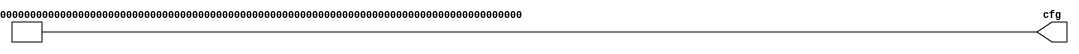

//------------------------------------------------------------------------------
//--
//-- This file is owned and controlled by Xilinx and must be used solely
//-- for design, simulation, implementation and creation of design files
//-- limited to Xilinx devices or technologies. Use with non-Xilinx
//-- devices or technologies is expressly prohibited and immediately
//-- terminates your license.
//--                    
//-- Xilinx products are not intended for use in life support
//-- appliances, devices, or systems. Use in such applications is
//-- expressly prohibited.
//--                    
//--            **************************************
//--            ** Copyright (C) 2005, Xilinx, Inc. **
//--            ** All Rights Reserved.             **
//--            **************************************
//--                    
//------------------------------------------------------------------------------
//-- Filename: dsport_cfg.v
//--                    
//-- Description:  PCI Express Endpoint Core Configuration File
//--                    
//--                    
//------------------------------------------------------------------------------

/**********************************************************************
  ** Note 1:
  Base Address Registers (BARs) settings contained in this file 
  are for demonstration purposes only. Users must review and change 
  these to suite their particular application.

  ** Note 2:
  Users may change setting values of the Read Only Capability
  registers to suite their application, but any change must comply
  with PCI Express Base Specification v1.1
 
  ** Note 3:
  Two PLM Autoconfigure setting (cfg[507:506]) must be set to 2'b00, 
  when interfacing the Endpoint Core with a PCIe compliant 
  Downstream Port. 

  ** Note 4:
  Values assigned to Reserved bits should not be changed.
***********************************************************************/

// Declare the module.

module dsport_cfg (cfg);


  // Declare the port directions.

  output [1023:0] cfg;


  //***********************************************************//
  // Configuration bit setting information.                    // 
  //***********************************************************//
  //                                                           //
  // vendor id                      cfg[ 15:  0]               // 
  // device id                      cfg[ 31: 16]               // 
  // revision id                    cfg[ 39: 32]               // 
  // class code                     cfg[ 63: 40]               // 
  // base address                   cfg[ 95: 64]               // 
  // base address                   cfg[127: 96]               // 
  // base address                   cfg[159:128]               // 
  // base address                   cfg[191:160]               // 
  // base address                   cfg[223:192]               // 
  // base address                   cfg[255:224]               // 
  // cardbus cis pointer            cfg[287:256]               // 
  // subsystem vendor id            cfg[303:288]               // 
  // subsystem id                   cfg[319:304]               // 
  // expansion rom bar              cfg[351:320]               // 
  //                                                           //
  //***********************************************************//


  // Vendor Identification.
  assign cfg[ 15:  0] = 16'h10ee;

  // Device Identification.
  assign cfg[ 31: 16] = 16'h0007;

  // Revision Identification.
  assign cfg[ 39: 32] = 8'h00;

  // Class Code.
  assign cfg[ 63: 40] = 24'h00_00_00;
 
  // BAR0. IO BAR 64KB aperture
  assign cfg[ 95: 64] = 32'hffff_0001;
 
  // BAR1. Mem 32 bit BAR 64KB aperture
  assign cfg[127: 96] = 32'hffff_0000;
 
  // BAR2. 
  assign cfg[159:128] = 32'hffff_0004;
 
  // BAR3. Mem 64 bit BAR 1MB BAR {BAR3,BAR2}
  assign cfg[191:160] = 32'hffff_ffff;
 
  // BAR4. 
  assign cfg[223:192] = 32'h0000_0000;
 
  // BAR5. 
  assign cfg[255:224] = 32'h0000_0000;
 
  // Cardbus CIS Pointer.
  assign cfg[287:256] = 32'h0000_0000;

  // Subvendor Identification.
  assign cfg[303:288] = 16'h10ee;

  // Subsystem Identification.
  assign cfg[319:304] = 16'h0007;

  // Expansion ROM BAR. Mem 32 bit BAR 4KB aperture
  assign cfg[351:320] = 32'hffff_f001;
 

  //***********************************************************//
  // Configuration bit setting information.                    // 
  //***********************************************************//
  //                                                           //
  // express capabilities           cfg[367:352]               // 
  // express device capabilities    cfg[399:368]               // 
  // express link capabilities      cfg[431:400]               // 
  // express ack timeout setting    cfg[447:432]               //
  // express replay timer setting   cfg[463:448]               //
  //                                                           //
  //***********************************************************//


  // Express Capabilities (byte offset 03H-02H).
  // -----------------------------------------------------------
  // RsvdP              | cfg[367:366] |       |            00 |
  // -----------------------------------------------------------
  // Interrupt Msg No.  | cfg[365:361] |       |         00000 |
  // -----------------------------------------------------------
  // Slot Implemented   | cfg[360:360] |       |             0 |
  // -----------------------------------------------------------
  // Dev/Port Type      | cfg[359:356] |       |          0000 |
  // -----------------------------------------------------------
  // Capability Version | cfg[355:352] |       |          0001 |
  // -----------------------------------------------------------

  assign cfg[367:352] = 16'h0001;

  // Express Device Capabilities (byte offset 07H-04H).
  // -----------------------------------------------------------
  // RsvdP              | cfg[399:396] |       |          0000 |
  // -----------------------------------------------------------
  // Capt Slt Pwr Lim Sc| cfg[395:394] |       |            00 |
  // -----------------------------------------------------------
  // Capt Slt Pwr Lim Va| cfg[393:386] |       |      00000000 |
  // -----------------------------------------------------------
  // RsvdP              | cfg[385:384] |       |            00 |
  // -----------------------------------------------------------
  // Role based error   | cfg[383]             |             1 |
  // -----------------------------------------------------------
  // Power Indi Prsnt   | cfg[382:382] |       |             0 |
  // -----------------------------------------------------------
  // Attn Indi Prsnt    | cfg[381:381] |       |             0 |
  // -----------------------------------------------------------
  // Attn Butn Prsnt    | cfg[380:380] |       |             0 |
  // -----------------------------------------------------------
  // EP L1 Accpt Lat    | cfg[379:377] |       |           111 |
  // -----------------------------------------------------------
  // EP L0s Accpt Lat   | cfg[376:374] |       |           111 |
  // -----------------------------------------------------------
  // Ext Tag Fld Sup    | cfg[373:373] |       |             0 |
  // -----------------------------------------------------------
  // Phantm Func Sup    | cfg[372:371] |       |            00 |
  // -----------------------------------------------------------
  // Max Payload Size   | cfg[370:368] | (x1)  |           010 |
  // Max Payload Size   | cfg[370:368] | (x4)  |           010 |
  // Max Payload Size   | cfg[370:368] | (x8)  |           001 |
  // -----------------------------------------------------------

`ifdef  BOARDx08

  assign cfg[399:368] = 32'h00008FC1;

`else // BOARDx04 or BOARDx01

`ifdef BOARDx04

  assign cfg[399:368] = 32'h00008FC2;

`else  // must be BOARDx01 

  assign cfg[399:368] = 32'h00008FC2;

`endif // BOARDx04

`endif // BOARDx08

  // Express Link Capabilities (byte offset 00H && 0CH-0FH).
  // -----------------------------------------------------------
  // PCI Express Cap ID | cfg[431:424] |       |      00010000 |
  // -----------------------------------------------------------
  // -----------------------------------------------------------
  // RsvdP              | cfg[423:418] |       |        000000 |
  // -----------------------------------------------------------
  // L1 Exit Lat        | cfg[417:415] |       |           111 |
  // -----------------------------------------------------------
  // L0s Exit Lat       | cfg[414:412] |       |           111 |
  // -----------------------------------------------------------
  // ASPM Supported     | cfg[411:410] |       |            01 |
  // -----------------------------------------------------------
  // Max Link Width     | cfg[409:404] | (x1)  |        000001 |
  // Max Link Width     | cfg[409:404] | (x4)  |        000100 |
  // Max Link Width     | cfg[409:404] | (x8)  |        001000 |
  // -----------------------------------------------------------
  // Max Link Speed     | cfg[403:400] |       |          0001 |
  // -----------------------------------------------------------

`ifdef  BOARDx08

  assign cfg[431:400] = 32'h1003F481;

`else // BOARDx04 or BOARDx01

`ifdef BOARDx04

  assign cfg[431:400] = 32'h1003F441;

`else  // must be BOARDx01 

  assign cfg[431:400] = 32'h1003F411;

`endif // BOARDx04

`endif // BOARDx08

  // Express User Ack Timeout override
  // -----------------------------------------------------------
  // Ack Timeout Override | cfg[447]   |       |              0 |
  // -----------------------------------------------------------
  // Ack Timout Value   | cfg[446:432] |       |           0204 |
  // -----------------------------------------------------------

  assign cfg[447] = 1'b0;
  assign cfg[446:432] = 15'h0204;

  // Express User Replay Timeout override
  // -----------------------------------------------------------
  // Replay Timeout Override | cfg[463] |       |             1 |
  // -----------------------------------------------------------
  // Replay Timout Value   | cfg[462:448] |       |        060d |
  // -----------------------------------------------------------

  assign cfg[463] = 1'b1;
  assign cfg[462:448] = 15'h060d;

  //***********************************************************//
  // Configuration bit setting information.                    // 
  //***********************************************************//
  //                                                           //
  // Reserved 			            cfg[501:464]               // 
  // PCI Config Space               cfg[502]                   // 
  // Extended Config Space          cfg[503]                   // 
  // Slot Clock Configure           cfg[504]                   // 
  // Two PLM Autoconfigure          cfg[506:505]               //
  // Fast train simulation          cfg[507]                   //
  // Trim TLP Digest ECRC           cfg[508]                   //
  // swap_ab_pairs                  cfg[509]                   //
  // Force Noscramble               cfg[510]                   //
  // calibration_block disable      cfg[511]                   //
  //***********************************************************//

  // Reserved
  assign cfg[501:464] = 36'b0;

  // PCI Configuration Space Access
  assign cfg[502] = 1'b0;

  // Extended Configuration Space Access
  assign cfg[503] = 1'b0;

  // Slot Clock Configure
  assign cfg[504] = 1'b1;

  // Two PLM Autoconfigure
  assign cfg[506:505]= 2'b00;

  // fast train simulation          
`ifdef SIMULATION
  assign cfg[507] = 1'b1;
`else
  `ifdef SIM_USERTB
    assign cfg[507] = 1'b1;
  `else
    assign cfg[507] = 1'b0;
  `endif
`endif

  // Trim TLP Digest ECRC.
  assign cfg[508] = 1'b0;

  // swap A-B pairs          
  assign cfg[509] = 1'b0;

  // Force No Scrambling.
  assign cfg[510] = 1'b0;

  // calibration block enable        
  assign cfg[511] = 1'b0;

  //***********************************************************//
  // Power Management Capabilities Register                    //
  // (byte offset 03-02H).                                     //
  // Section 3.2.3 PCI Bus PM Interface Specification v1.2     //
  // -----------------------------------------------------------
  // PME Support        | cfg[527:523] |       |         01111 | 
  //                    |              |                       |
  //                    |              |  D3cold = 1'b0        |
  //                    |              |  D3hot  = 1'b1        |
  //                    |              |  D2     = 1'b1        |
  //                    |              |  D1     = 1'b1        |
  //                    |              |  D0     = 1'b1        |
  // -----------------------------------------------------------
  // D2 Support         | cfg[522:522] |       |             1 |
  // -----------------------------------------------------------
  // D1 Support         | cfg[521:521] |       |             1 |
  // -----------------------------------------------------------
  // AUX Current        | cfg[520:518] |       |           000 |
  // -----------------------------------------------------------
  // DSI                | cfg[517:517] |       |             0 |
  // -----------------------------------------------------------
  // Reserved           | cfg[516:516] |       |             0 |
  // -----------------------------------------------------------
  // PME Clock          | cfg[515:515] |       |             0 |
  // -----------------------------------------------------------
  // Version            | cfg[514:512] |       |           010 |
  // -----------------------------------------------------------

  assign cfg[527:512] = 16'h7E03; 

  // -----------------------------------------------------------
  // Power consumed in D0 state.                              // 
  // -----------------------------------------------------------

  assign cfg[535:528] = 8'h01; 

  // -----------------------------------------------------------
  // Scale Factor for power consumed in D0 state.             // 
  // Actual power consumed in D0 state :=                     //
  // Power consumed in D0 state * Scale Factor                // 
  // -----------------------------------------------------------

  assign cfg[543:536] = 8'h01; 

  // -----------------------------------------------------------
  // Power consumed in D1 state.                              // 
  // -----------------------------------------------------------

  assign cfg[551:544] = 8'h01; 

  // -----------------------------------------------------------
  // Scale Factor for power consumed in D1 state.             //
  // Actual power consumed in D1 state :=                     //
  // Power consumed in D1 state * Scale Factor                //     
  // -----------------------------------------------------------

  assign cfg[559:552] = 8'h01; 

  // -----------------------------------------------------------
  // Power Consumed in D2 state.                              // 
  // -----------------------------------------------------------

  assign cfg[567:560] = 8'h01; 

  // -----------------------------------------------------------
  // Scale Factor for power consumed in D2 state.             // 
  // Actual power consumed in D2 state :=                     // 
  // Power consumed in D2 state * Scale Factor                // 
  // -----------------------------------------------------------

  assign cfg[575:568] = 8'h01; 

  // -----------------------------------------------------------
  // Power Consumed in D3 state                               // 
  // -----------------------------------------------------------

  assign cfg[583:576] = 8'h01; 

  // -----------------------------------------------------------
  // Scale Factor for power consumed in D3 state.             // 
  // Actual power consumed in D3 state :=                     // 
  // Power consumed in D2 state * Scale Factor                // 
  // -----------------------------------------------------------

  assign cfg[591:584] = 8'h01; 

  // -----------------------------------------------------------
  // Power Dissipated in D0 state.                            // 
  // -----------------------------------------------------------

  assign cfg[599:592] = 8'h01; 

  // -----------------------------------------------------------
  // Scale Factor for power dissipated in D0 state.           //
  // Actual power dissipated in D0 state :=                   //
  // Power dissipated in D0 state * Scale Factor              //
  // -----------------------------------------------------------

   assign cfg[607:600] = 8'h01; 

  // -----------------------------------------------------------
  // Power Dissipated in D1 state.                            //
  // -----------------------------------------------------------

  assign cfg[615:608] = 8'h01; 

  // -----------------------------------------------------------
  // Scale Factor for power dissipated in D1 state.           //
  // Actual power dissipated in D1 state :=                   //
  // Power dissipated in D1 state * Scale Factor              //   
  // -----------------------------------------------------------

  assign cfg[623:616] = 8'h01; 

  // -----------------------------------------------------------
  // Power Dissipated in D2 state.                            //
  // -----------------------------------------------------------

  assign cfg[631:624] = 8'h01; 

  // -----------------------------------------------------------
  // Scale Factor for power dissipated in D2 state.           //
  // Actual power dissipated in D2 state :=                   //
  // Power dissipated in D2 state * Scale Factor              // 
  // -----------------------------------------------------------

  assign cfg[639:632] = 8'h01; 

  // -----------------------------------------------------------
  // Power Dissipated in D3 state.                            //
  // -----------------------------------------------------------

  assign cfg[647:640] = 8'h01; 

  // -----------------------------------------------------------
  // Scale Factor for power dissipated in D3 state.           //
  // Actual power dissipated in D3 state :=                   //
  // Power dissipated in D3 state * Scale Factor              // 
  // -----------------------------------------------------------

  assign cfg[655:648] = 8'h01; 

  //***********************************************************//
  // Device Serial Number Capabilities Serial Number Registers //
  // Section 7.12 PCI Express Base Specification v1.1          //
  //***********************************************************//
 
  // EUI-64 1st DW
  assign cfg[687:656] = 32'h0;

  // EUI-64 2nd DW
  assign cfg[719:688] = 32'h0;

  // RESERVED FOR FUTURE USE 
  assign cfg[1023:720] = 0;

endmodule